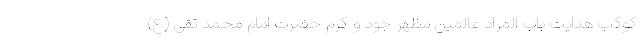
کوکب هدایت باب المراد عالمین مظهر جود و کرم حضرت امام محمد تقی (ع)